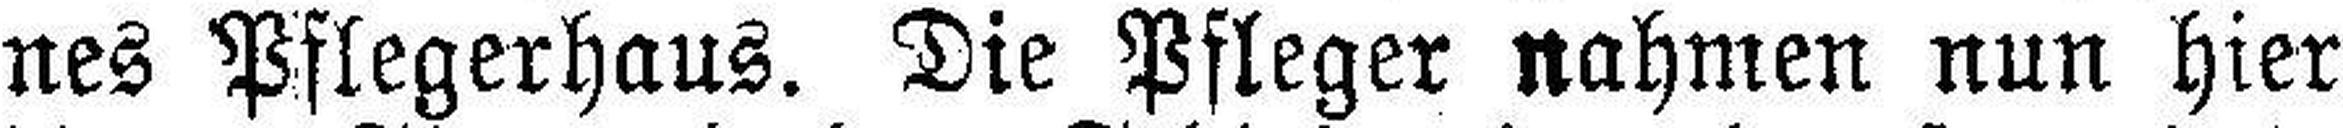
nes Pflegerhaus. Die Pfleger nahmen nun hier